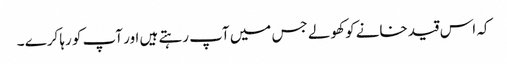
کہ اس قید خانے کو کھولے جس میں آپ رہتے ہیں اور آپ کو رہا کرے ۔